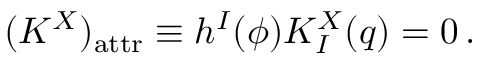
( K ^ { X } ) _ { \mathrm { a t t r } } \equiv h ^ { I } ( \phi ) K _ { I } ^ { X } ( q ) = 0 \, .